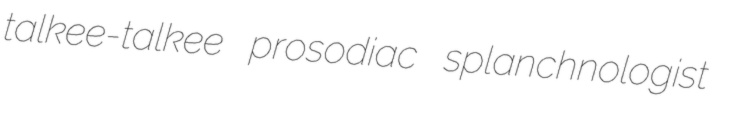
talkee-talkee prosodiac splanchnologist